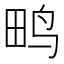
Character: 𮴿